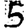
Digit: 5